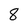
Character: 8